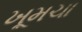
ખૂમચા